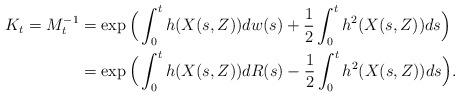
LaTeX: \begin{align*}K_t = M_t^{-1}&= \exp \Big( \int_0^t h(X(s,Z)) dw(s) +\frac{1}{2} \int_0^t h^2(X(s,Z))ds \Big)\\&=\exp \Big( \int_0^t h(X(s,Z)) dR(s) -\frac{1}{2} \int_0^t h^2(X(s,Z))ds \Big).\end{align*}